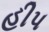
હીપ